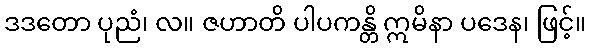
ဒဒတော ပုညံ၊ လ။ ဇဟာတိ ပါပကန္တိ ဣမိနာ ပဒေန၊ ဖြင့်။